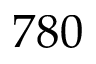
7 8 0